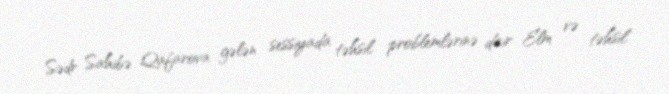
Sədr Sahibə Qafarova gələn sessiyada təhsil problemlərinə dair Elm və təhsil